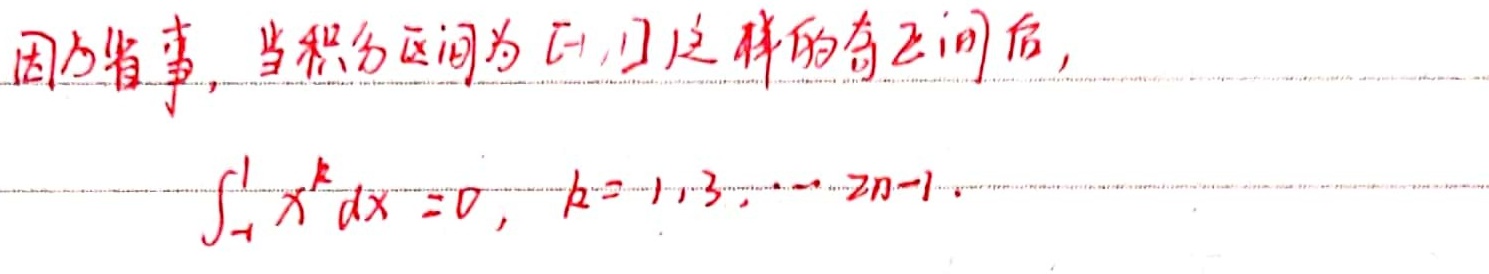
因为省事，当积分区间为\([-1,1]\)这样的奇区间后，
\[
\int_{-1}^{1} x^{k} \mathrm{d}x = 0, \quad k = 1,3, \cdots, 2n - 1.
\]